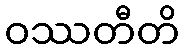
ဝဿတီတိ